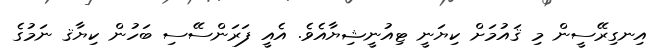
އިނގިރޭސީން މި ޤައުމަށް ކިޔަނީ ޓިއުނީޝިޔާއެވެ. އެއީ ފަރަންސޭސި ބަހުން ކިޔާޤ ނަމުގެ